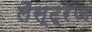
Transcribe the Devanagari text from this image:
लैस्ट्रेंज